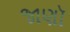
જાણૉ